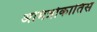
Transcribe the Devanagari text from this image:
अमित्रोकातिस